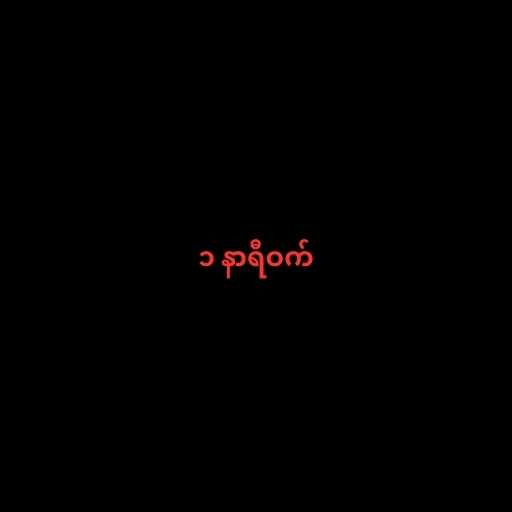
၁ နာရီဝက်